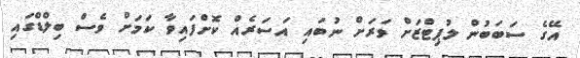
އޭގެ ސަބަބުން ލުޕިޓްޒަށް ވަރަށް ނުބައި އަސަރެއް ކޮށްފައިވާ ކަމަށް ވެސް ބިލްޑްގައި